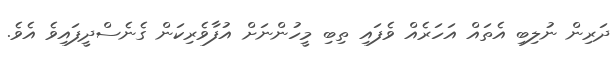
ދަރިން ނުލިބި އެތައް އަހަރެއް ވެފައި ތިބި މީހުންނަށް އުފާވެރިކަން ގެނެސްދީފައިވެ އެވެ.